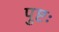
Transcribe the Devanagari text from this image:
पुष्टः